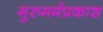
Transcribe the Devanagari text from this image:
गुरुमर्मप्रकाश